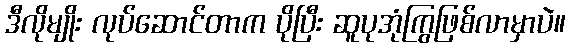
ဒီလိုမျိုး လုပ်ဆောင်တာက ပိုပြီး ဆူပုအုံကြွဖြစ်လာမှာပဲ။